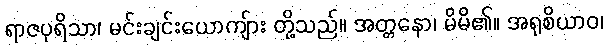
ရာဇပုရိသာ၊ မင်းချင်းယောကျ်ား တို့သည်။ အတ္တနော၊ မိမိ၏။ အရုစိယာဝ၊